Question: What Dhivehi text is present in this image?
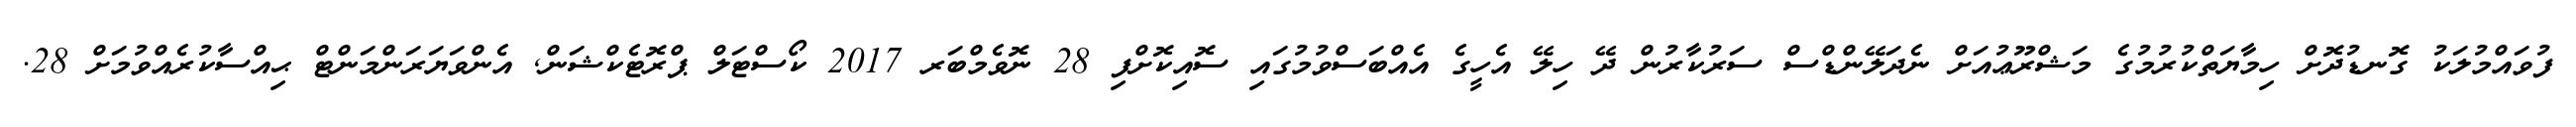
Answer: ފުވައްމުލަކު ގޮނޑުދޮށް ހިމާޔަތްކުރުމުގެ މަޝްރޫޢުއަށް ނެދަލޭންޑްސް ސަރުކާރުން ދޭ ހިލޭ އެހީގެ އެއްބަސްވުމުގައި ސޮއިކޮށްފި 28 ނޮވެމްބަރ 2017 ކޯސްޓަލް ޕްރޮޓެކްޝަން, އެންވަޔަރަންމަންޓް ޙިއްސާކުރެއްވުމަށް 28.